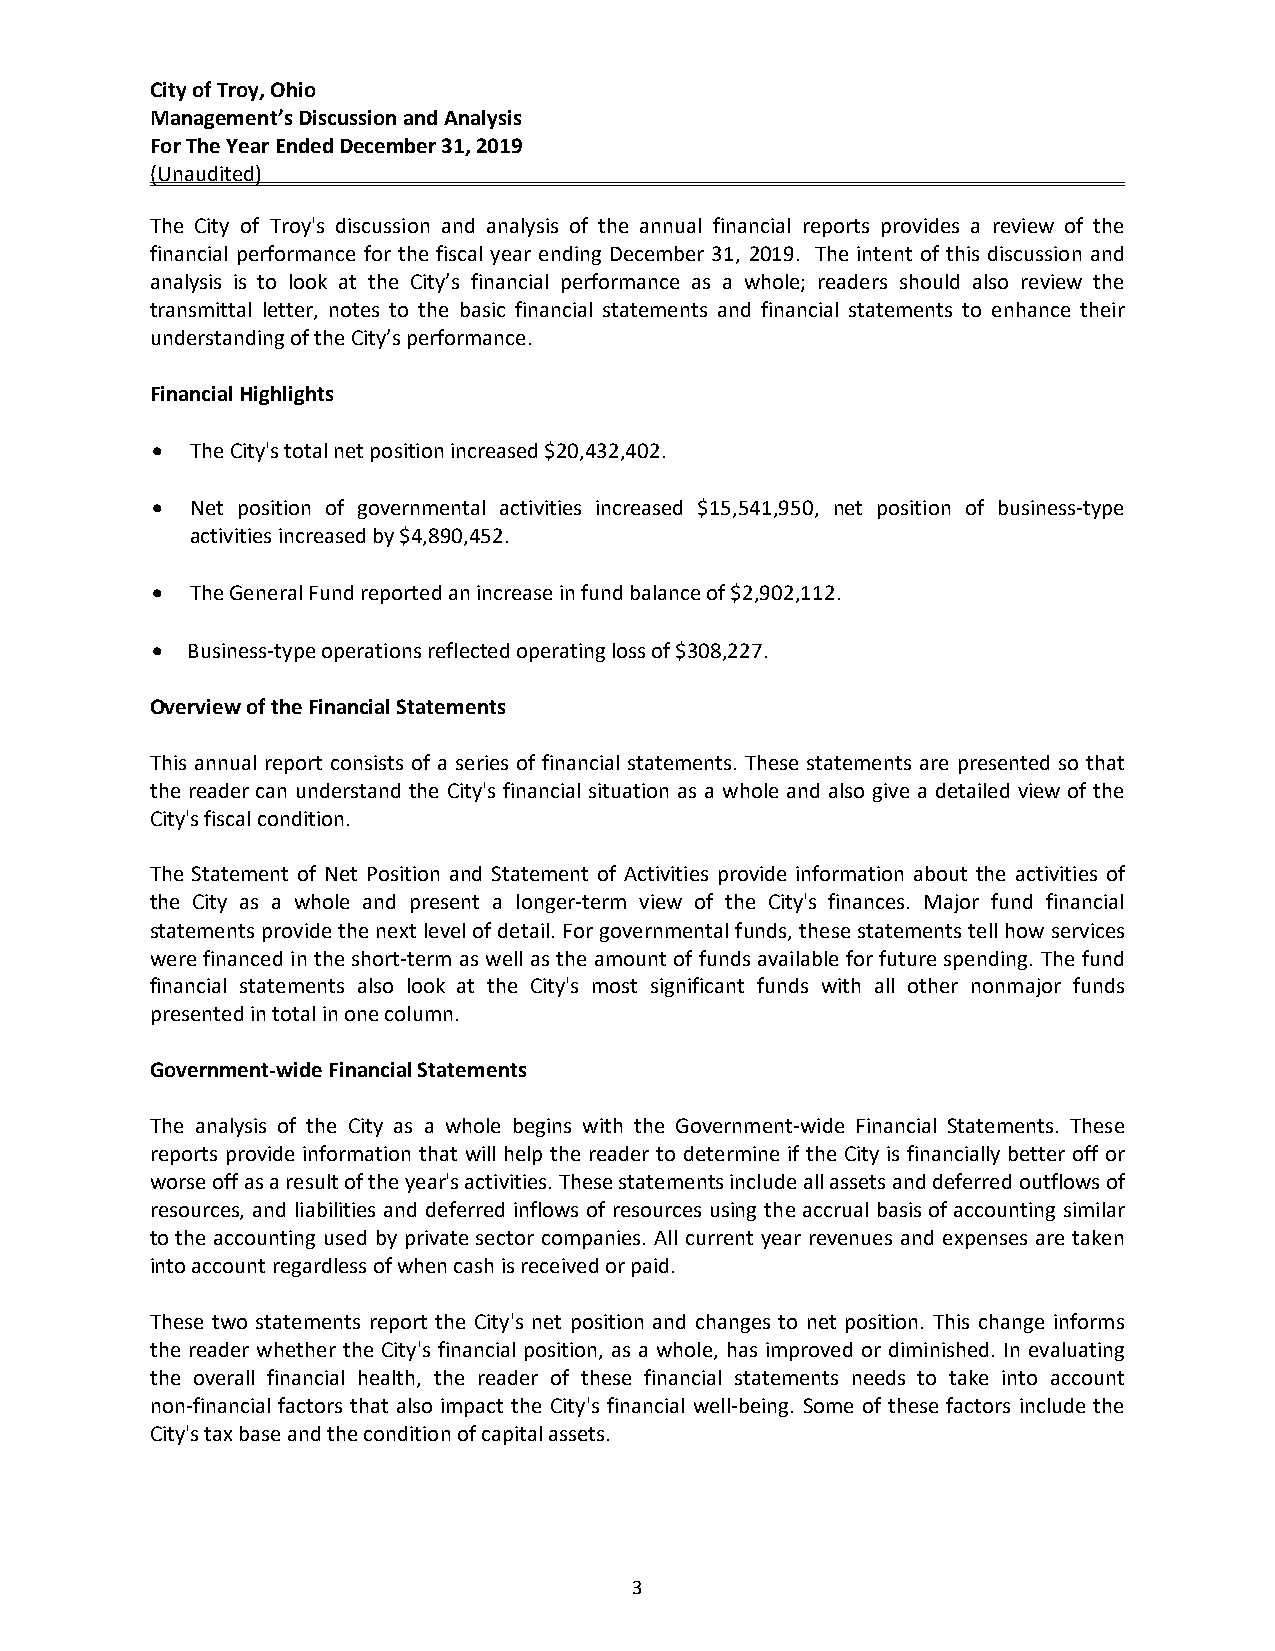
City of Troy, Ohio
 Management’s Discussion and Analysis
 For The Year Ended December 31, 2019
 (Unaudited)
 The City of Troy's discussion and analysis of the annual financial reports provides a review of the
 financial performance for the fiscal year ending December 31, 2019. The intent of this discussion and
 analysis is to look at the City’s financial performance as a whole; readers should also review the
 transmittal letter, notes to the basic financial statements and financial statements to enhance their
 understanding of the City’s performance.
 Financial Highlights
   The City's total net position increased $20,432,402.
   Net position of governmental activities increased $15,541,950, net position of business‐type
 activities increased by $4,890,452.
   The General Fund reported an increase in fund balance of $2,902,112.
  Business‐type operations reflected operating loss of $308,227.
 Overview of the Financial Statements
 This annual report consists of a series of financial statements. These statements are presented so that
 the reader can understand the City's financial situation as a whole and also give a detailed view of the
 City's fiscal condition.
 The Statement of Net Position and Statement of Activities provide information about the activities of
 the City as a whole and present a longer‐term view of the City's finances. Major fund financial
 statements provide the next level of detail. For governmental funds, these statements tell how services
 were financed in the short‐term as well as the amount of funds available for future spending. The fund
 financial statements also look at the City's most significant funds with all other nonmajor funds
 presented in total in one column.
 Government‐wide Financial Statements
 The analysis of the City as a whole begins with the Government‐wide Financial Statements. These
 reports provide information that will help the reader to determine if the City is financially better off or
 worse off as a result of the year's activities. These statements include all assets and deferred outflows of
 resources, and liabilities and deferred inflows of resources using the accrual basis of accounting similar
 to the accounting used by private sector companies. All current year revenues and expenses are taken
 into account regardless of when cash is received or paid.
 These two statements report the City's net position and changes to net position. This change informs
 the reader whether the City's financial position, as a whole, has improved or diminished. In evaluating
 the overall financial health, the reader of these financial statements needs to take into account
 non‐financial factors that also impact the City's financial well‐being. Some of these factors include the
 City's tax base and the condition of capital assets.
 3